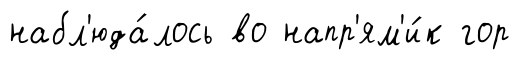
набл'юда́лось во напр'ям'и́к гор